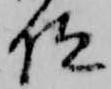
位